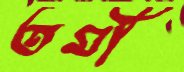
তমী